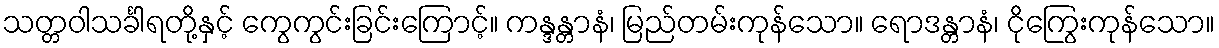
သတ္တဝါသင်္ခါရတို့နှင့် ကွေကွင်းခြင်းကြောင့်။ ကန္ဒန္တာနံ၊ မြည်တမ်းကုန်သော။ ရောဒန္တာနံ၊ ငိုကြွေးကုန်သော။